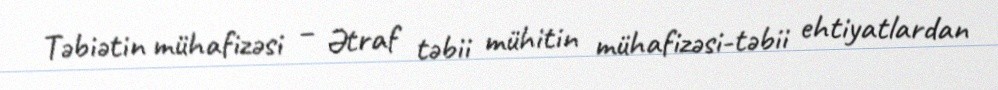
Təbiətin mühafizəsi – Ətraf təbii mühitin mühafizəsi-təbii ehtiyatlardan